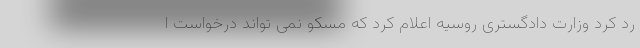
رد کرد وزارت دادگستری روسیه اعلام کرد که مسکو نمی تواند درخواست ا